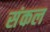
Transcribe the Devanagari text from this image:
संकल